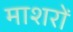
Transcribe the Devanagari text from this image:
माशरों